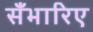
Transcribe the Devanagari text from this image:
सँभारिए